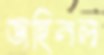
জহিনল